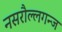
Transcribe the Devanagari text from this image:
नसरौल्लगन्ज